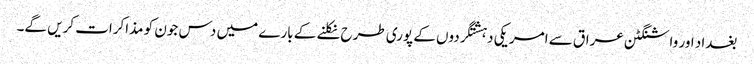
بغداد اور واشنگٹن عراق سے امریکی دہشتگردوں کے پوری طرح نکلنے کے بارے میں دس جون کو مذاکرات کریں گے۔